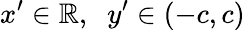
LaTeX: x^{\prime}\in\mathbb{R},\; \; y^{\prime}\in(-c,c)